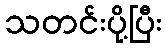
သတင်းပို့ပြီး